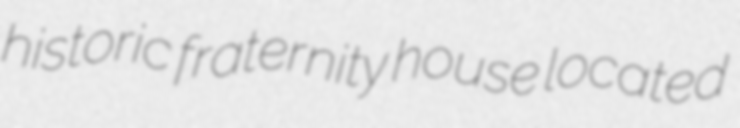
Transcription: historic fraternity house located